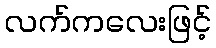
လက်ကလေးဖြင့်